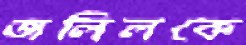
জলিলকে